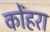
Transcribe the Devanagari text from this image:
कोंहरा